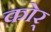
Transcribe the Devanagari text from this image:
कोर्